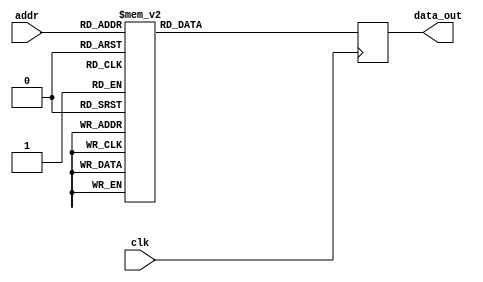
module twiddle_ROM_img_7 (
    input wire clk,
    input wire [4:0] addr,
    output reg [15:0] data_out
);

always @(posedge clk) begin
    case(addr)

        5'b00000: data_out <= 16'h0000 ;
        5'b00001: data_out <= 16'h0000 ;
        5'b00010: data_out <= 16'h0000 ;
        5'b00011: data_out <= 16'h0000 ;
        5'b00100: data_out <= 16'h0000 ;
        5'b00101: data_out <= 16'h0100 ;
        5'b00110: data_out <= 16'h0000 ;
        5'b00111: data_out <= 16'h0100 ;
        5'b01000: data_out <= 16'h0000 ;
        5'b01001: data_out <= 16'h00B5 ;
        5'b01010: data_out <= 16'h0100 ;
        5'b01011: data_out <= 16'h00B5 ;
        5'b01100: data_out <= 16'h0100 ;
        5'b01101: data_out <= 16'h00EC ;
        5'b01110: data_out <= 16'h00B5 ;
        5'b01111: data_out <= 16'h0061 ;
        5'b10000: data_out <= 16'h00B5 ;
        5'b10001: data_out <= 16'h008E ;
        5'b10010: data_out <= 16'h0061 ;
        5'b10011: data_out <= 16'h0031 ;
        5'b10100: data_out <= 16'h0061 ;
        5'b10101: data_out <= 16'h004A ;
        5'b10110: data_out <= 16'h0031 ;
        5'b10111: data_out <= 16'h0019 ;
        5'b11000: data_out <= 16'h00FB ;
        5'b11001: data_out <= 16'h00FD ;
        5'b11010: data_out <= 16'h00FE ;
        5'b11011: data_out <= 16'h00FF ;
        default: data_out <= 16'h0000;
    endcase
end

endmodule